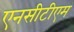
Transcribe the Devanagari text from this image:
एनसीटीएम